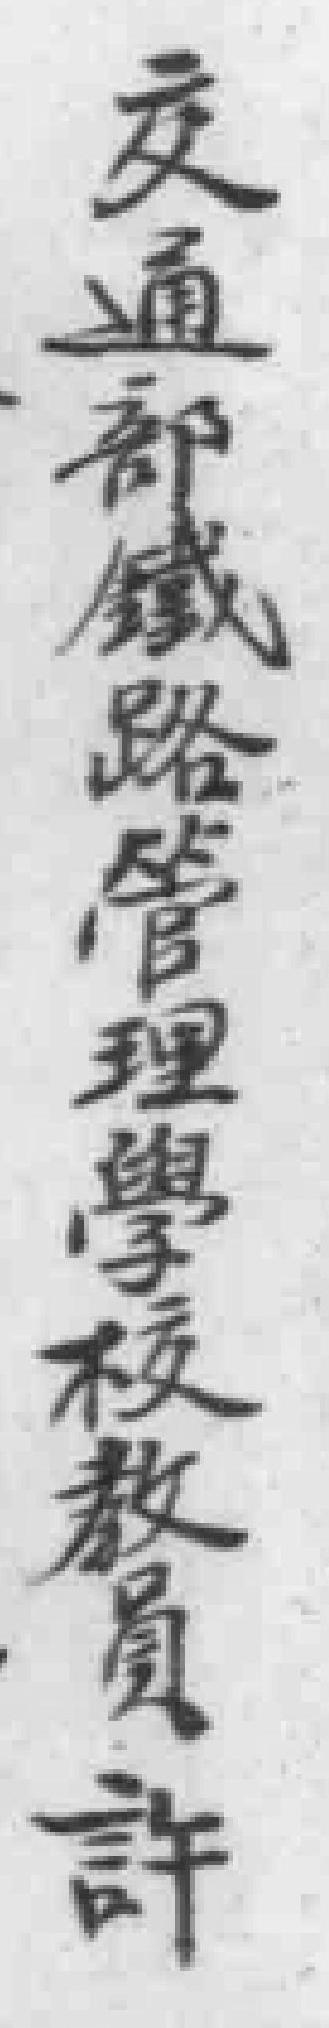
交通部鐵路管理學校教員許